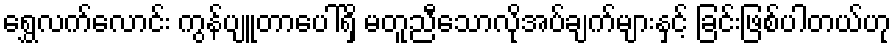
ရွှေလက်လောင်း ကွန်ပျူတာပေါ်ရှိ မတူညီသောလိုအပ်ချက်များနှင့် ခြင်းဖြစ်ပါတယ်ဟု